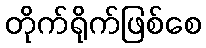
တိုက်ရိုက်ဖြစ်စေ